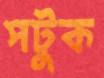
পটুক